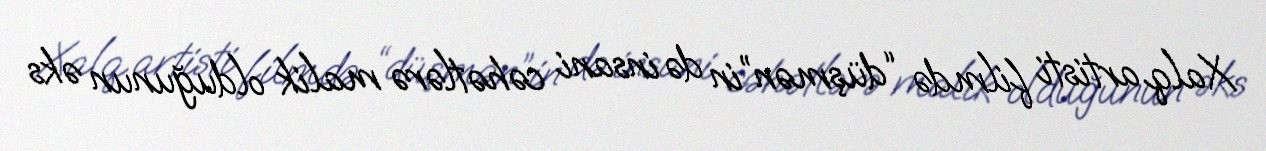
Xalq artisti filmdə “düşmən”in də insani cəhətlərə malik olduğunun əks